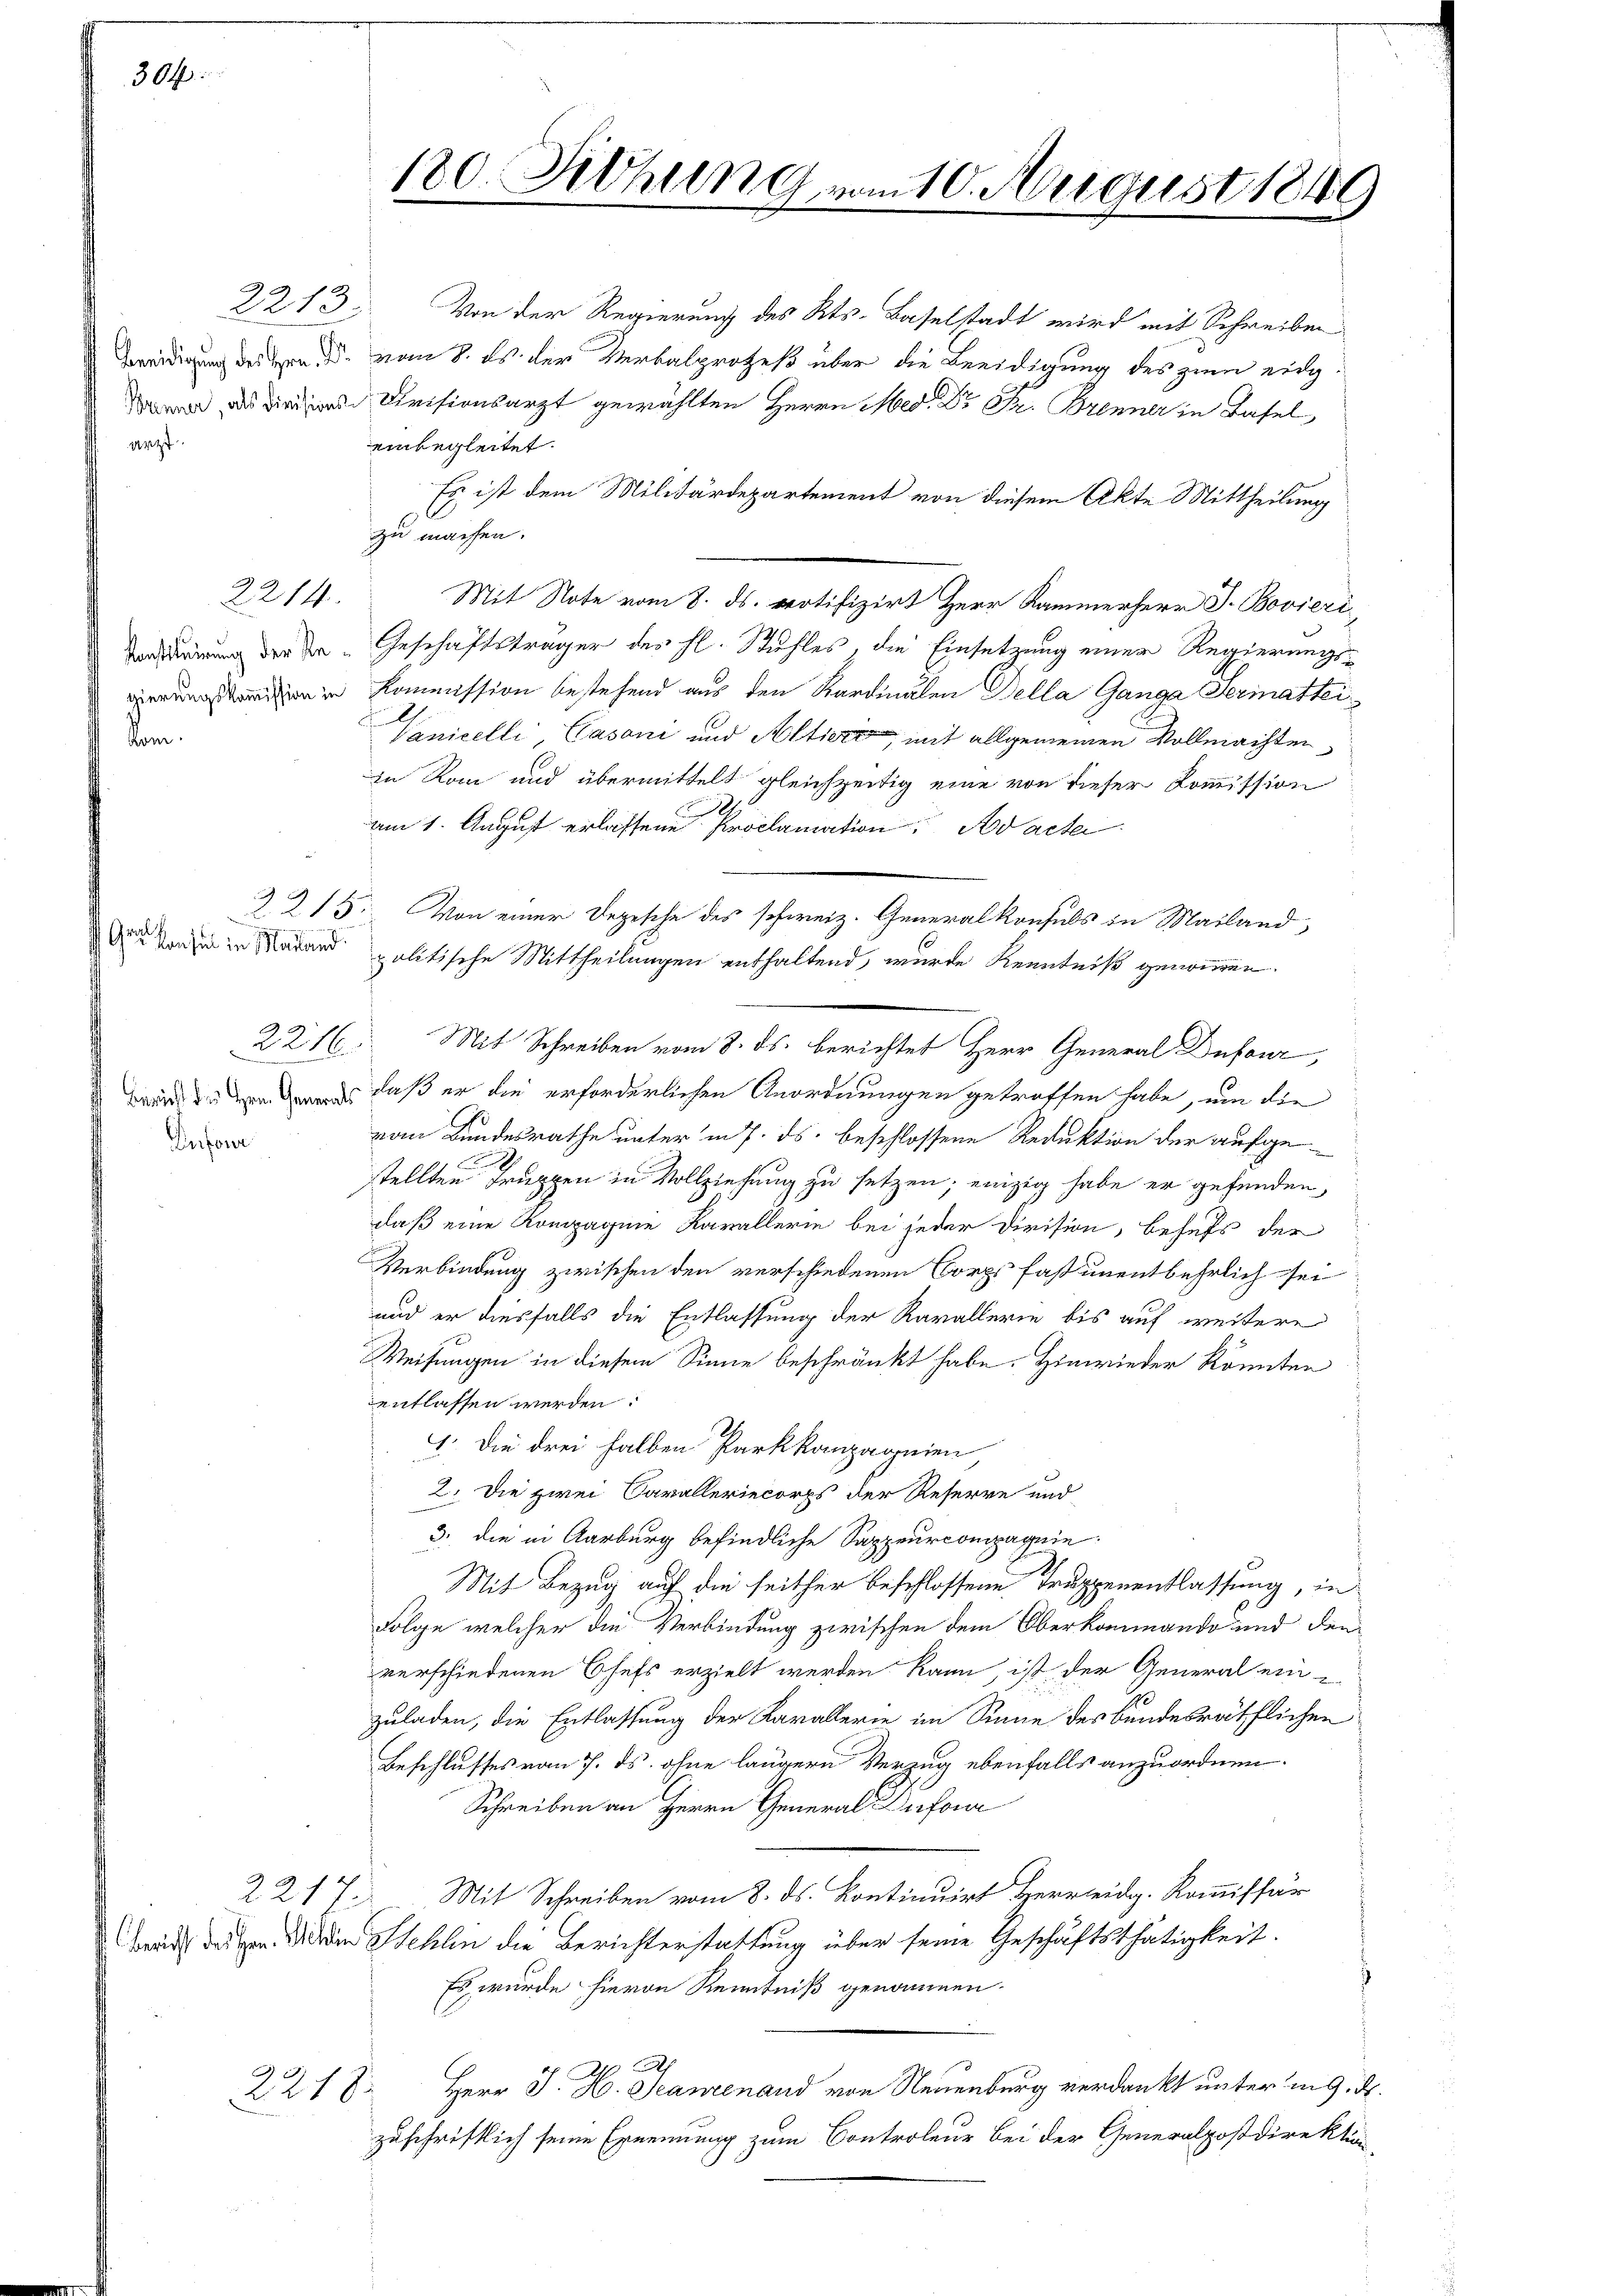
2213.

304.

gierungskommission in

2214

ntel in Mailand.

2216.
Dufour

2218

dirung dessen vom 8. ds der Verbalprozeß über die Beeidigung des zum eidg
Cvisionsarzt gewählten Herrn Med. Dr. Pr. Brenner in Basel
einbegleitet.
Es ist dem Militärdepartement von diesem Akte Mittheilung
C
zu machen.
Mit Note vom 8. ds. protifizirt Herr Kammerherr J. Bovieri,
ordnung der die Geschäftsträger des hl. Stuhles, die Einsetzung einer Regierungs-
Kommission bestehend aus den Kardinalen Della Ganga Germattei¬
Vanicelli, Casani und Altiere, mit allgemeinen Vollmachten
in Rom und übermittelt gleichzeitig eine von dieser Kommission
am 1. August erlassene Proclamation. Ad acter
politische Mittheilungen enthaltend, wurde Kenntniß genommen.
Mit Schreiben vom 8. ds. berichtet Herr General Dufour,
 daß er die erforderlichen Anordnungen getroffen habe, um die
vom Bundesrathe unter in 7. ds. beschlossene Reduktion der aufgestellten Truppen in Vollziehung zu setzen; einzig habe er gefunden,
daß eine Kompagnie Kavallerie bei jeder Division, behufs der
Verbindung zwischen den verschiedenen Corps fast unentbehrlich sei
und er diesfalls die Entlassung der Kavallerie bis auf weitere
Weisungen in diesem Sinne beschränkt habe. Hinwieder könnten
entlassen werden:
1. Die drei halben Parkkampagnien
2. Die zwei Caralleriecorps der Reserre und
3. die in Aarburg befindliche Sappeurcompagnie
Mit Bezug auf die seither beschlossene Truppenentlassung, in
Folge welcher die Verbindung zwischen dem Oberkommando und denverschiedenen Chefs erzielt werden kann, ist, der General ein-
zuladen, die Entlassung der Karallerie im Sinne des bundesräthlichen
Beschlusses vom 7. ds. ohne längern Verzug ebenfalls anzuordnen.
Schreiben an Herrn General Dufou
2217. Mit Schreiben vom 8. ds. Kontinuirt Herreidg. Kommissär
Brach dassen die den Stehlen die Berichterstattung über seine Geschäftsthätigkeit.
Es wurde hievon Kenntniß genommen.
Herr J. H. Jeanzenand von Neuenburg verdankt unter in 9. d.
zuschriftlich seine Ernennung zum Controleur bei der Generalpostdirektion,

180. Siehung vom 10. August 1849

2215. Von einer Depesche des schweiz. Generalkonsuls in Mailand,

Von der Regierung des Kts. Baselstadt wird mit Schreiben